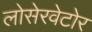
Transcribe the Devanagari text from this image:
लोसेरवेटोर